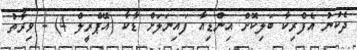
ދެކުނު އެފްރިކާ ބަލިކޮށް އިންޑިއާ ފައިނަލަށް ޑާކާ (އޭޕްރީލް 4) - ވިރާތު